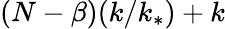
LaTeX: (N-\beta)(k/k_{*})+k